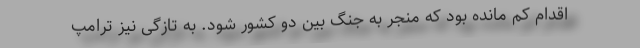
اقدام کم مانده بود که منجر به جنگ بین دو کشور شود. به تازگی نیز ترامپ